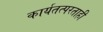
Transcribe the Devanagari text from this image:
कार्यतत्परताही